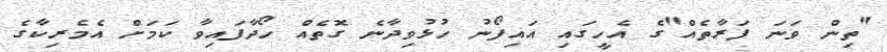
"ތިން ވަނަ ފަރާތެއް"ގެ އެހީގައި އައިފޯނު ހުޅުވިދާނެ ގޮތެއް ހޯދާފައިވާ ކަމަށް އެމެރިކާގެ